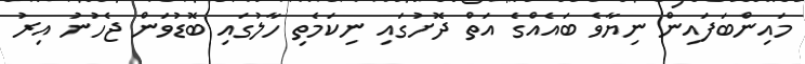
މައިންބަފައިން ނިޔާވެ ބައެއްގެ އަތް ދޮށުގައި ނިކަމެތި ހާލުގައި ބޮޑުވަން ޖެހުނު އިރު